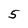
Character: 5